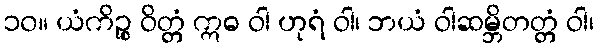
၁၀။ ယံကိဉ္စ ဝိတ္တံ ဣဓ ဝါ ဟုရံ ဝါ၊ ဘယံ ဝါဆမ္ဘိတတ္တံ ဝါ၊